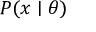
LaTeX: P ( x \mid \theta )